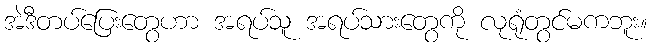
အဲဒီတပ်ပြေးတွေဟာ အရပ်သူ အရပ်သားတွေကို လုရုံတွင်မကဘူး။